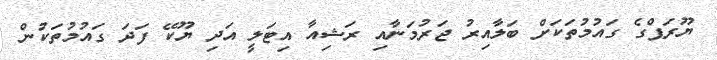
ޔޫރަޕްގެ ގައުމުތަކަށް ބަލާއިރު ޖަރުމަނާއި ރަޝިއާ އިޓަލީ އަދި ޔޫކޭ ފަދަ ގައުމުތަކުން